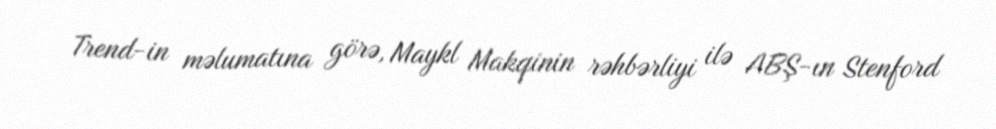
Trend-in məlumatına görə, Maykl Makqinin rəhbərliyi ilə ABŞ-ın Stenford